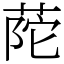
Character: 𦱆